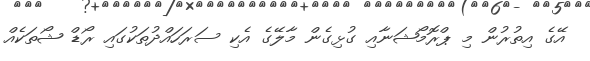
އޭގެ އިތުރުން މި ޕްރޮމޯޝަނާއި ގުޅިގެން މާލޭގެ އެކި ސަރަހައްދުތަކުގައި ރޯޑް ޝޯތަކެއް